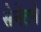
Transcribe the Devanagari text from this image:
सेनेटने